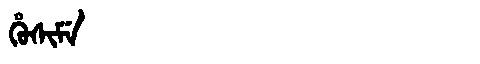
Manchu: ᡥᡠᠰᡳᠮᡝ
Romanization: HUSIME